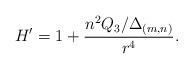
LaTeX: \begin{align*}H' = 1 + \frac{n^2 Q_3/\Delta_{(m, n)}}{r^4}. \end{align*}